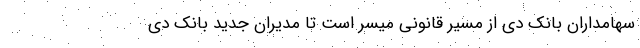
سهامداران بانک دی از مسیر قانونی میسر است تا مدیران جدید بانک دی